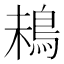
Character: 𩿲